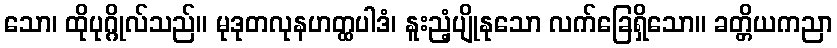
သော၊ ထိုပုဂ္ဂိုလ်သည်။ မုဒုတလုနဟတ္ထပါဒံ၊ နူးညံ့ပျိုနုသော လက်ခြေရှိသော။ ခတ္တိယကညာ